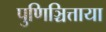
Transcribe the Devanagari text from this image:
पुणिञ्चित्ताया